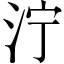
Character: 泞